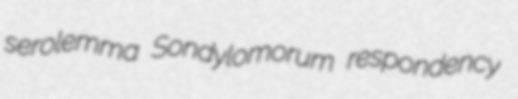
serolemma Sondylomorum respondency